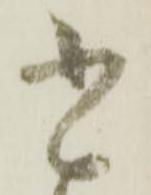
書